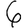
Digit: 6